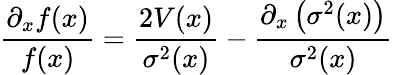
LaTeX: \frac{\partial_{x}f(x)}{f(x)}=\frac{2V(x)}{\sigma^{2}(x)}-\frac{\partial_{x}\left(\sigma^{2}(x)\right)}{\sigma^{2}(x)}